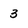
Character: 3